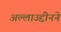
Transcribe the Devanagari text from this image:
अल्लाउद्दीनने